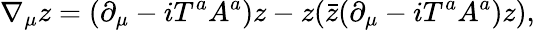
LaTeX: \nabla_{\mu}z=(\partial_{\mu}-iT^{a}A^{a})z-z(\bar{z}(\partial_{\mu}-iT^{a}A^{a})z),